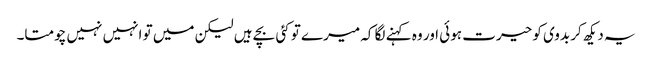
یہ دیکھ کر بدوی کو حیرت ہوئی اور وہ کہنے لگا کہ میرے تو کئی بچے ہیں لیکن میں تو انہیں نہیں چومتا۔